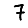
Digit: 7